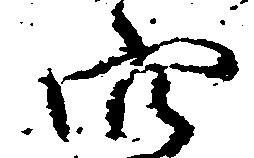
穴